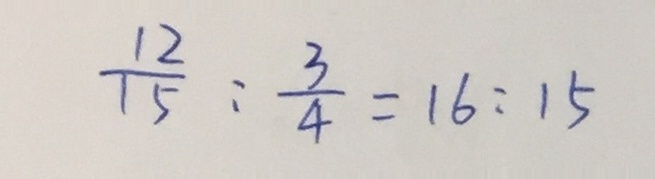
\frac { 1 2 } { 1 5 } : \frac { 3 } { 4 } = 1 6 : 1 5